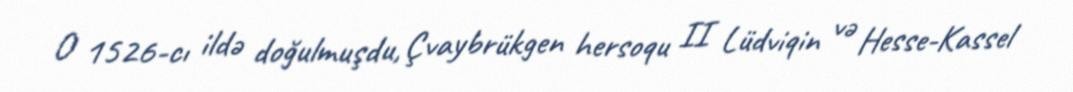
O 1526-cı ildə doğulmuşdu, Çvaybrükgen hersoqu II Lüdviqin və Hesse-Kassel